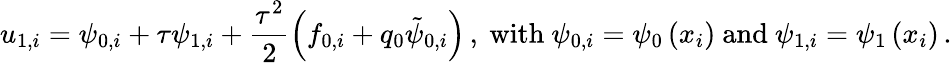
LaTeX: {u}_{1,i}={\psi}_{0,i}+{\tau}{\psi}_{1,i}+\frac{{\tau}^{2}}{2}\left({f}_{0,i}+{q}_{0}\tilde{\psi}_{0,i}\right)\, ,\ \mathrm{with}\ {\psi}_{0,i}={\psi}_{0}\left({x}_{i}\right)\ \mathrm{and}\ {\psi}_{1,i}={\psi}_{1}\left({x}_{i}\right)\, .